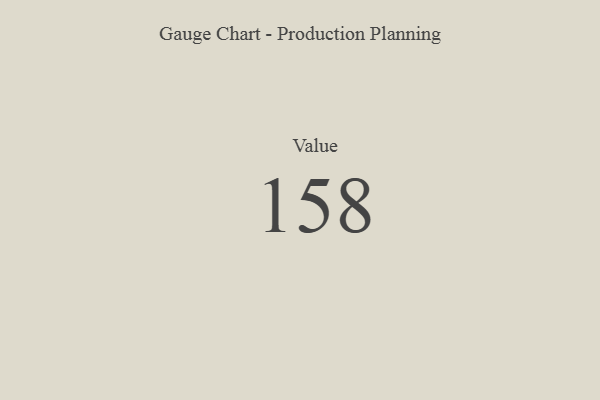
{"axis": {"x": "Metric", "y": "Value"}, "legend": [""], "data": [{"x": "Value", "y": 158, "type": ""}]}